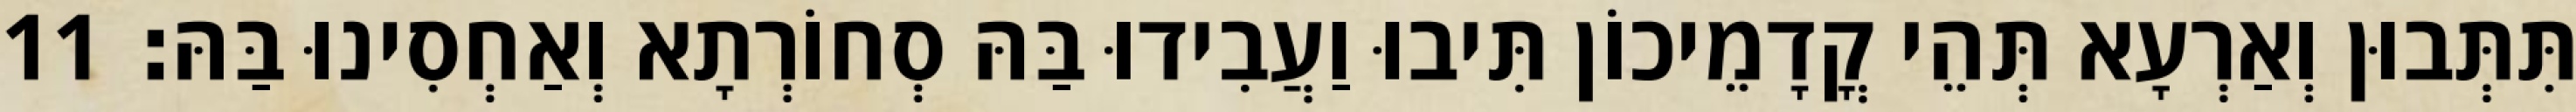
תִּתְּבוּן וְאַרְעָא תְּהֵי קֳדָמֵיכוֹן תִּיבוּ וַעֲבִידוּ בַּהּ סְחוֹרְתָא וְאַחְסִינוּ בַּהּ׃ 11